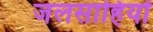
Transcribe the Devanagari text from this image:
जलसाहियों